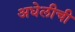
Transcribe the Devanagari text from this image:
अधेलीची